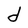
Character: d